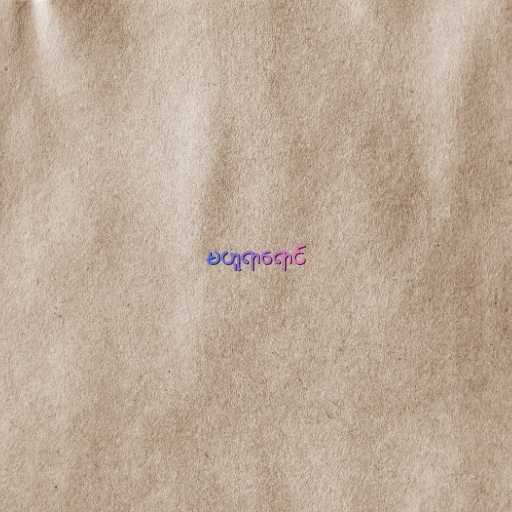
မဟူရာရောင်